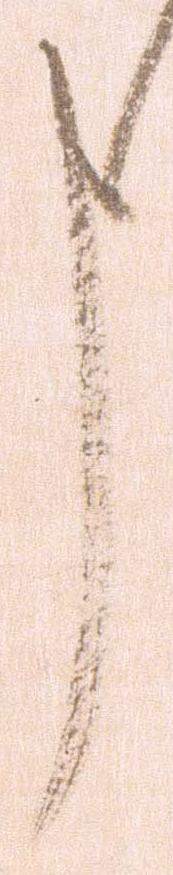
申